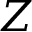
Z